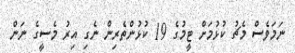
ނަމަވެސް މެޗު ކުޅުމަށް ޓީމުގެ 19 ކުޅުންތެރިން ނެގި އިރު މެސީގެ ނަން